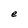
Character: e